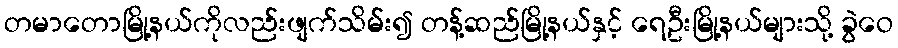
တမာတောမြို့နယ်ကိုလည်းဖျက်သိမ်း၍ တန့်ဆည်မြို့နယ်နှင့် ရေဦးမြို့နယ်များသို့ ခွဲဝေ